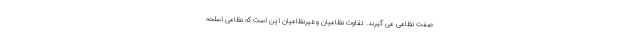
صفت نظامی می گیرند. تفاوت نظامیان و غیرنظامیان این است که نظامی اسلحه